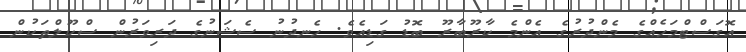
އޮގަސްޓްމަހެއްގެ މެންދުރުގެ އެންމެ ކާރޫބާރޫ ބޮޑު ގަޑިއެވެ. ހެނދުނު ސެޝަނުގެ ދަރިވަރުން ސްކޫލްތަކުން